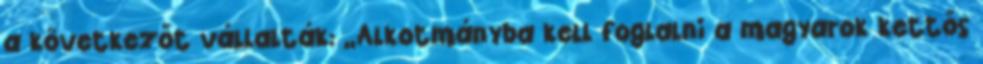
a következőt vállalták: „Alkotmányba kell foglalni a magyarok kettős